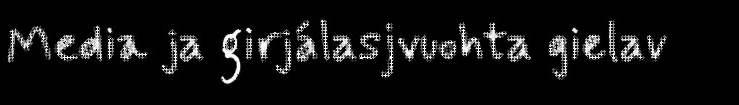
Media ja girjálasjvuohta gielav